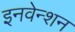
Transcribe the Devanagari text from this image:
इनवेन्शन